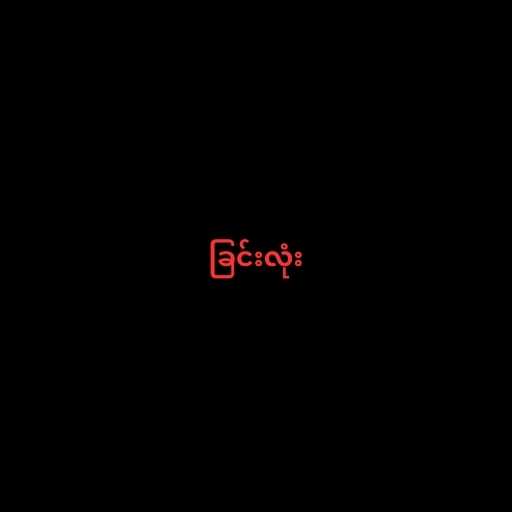
ခြင်းလုံး